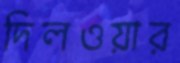
দিলওয়ার